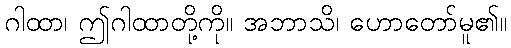
ဂါထာ၊ ဤဂါထာတို့ကို။ အဘာသိ၊ ဟောတော်မူ၏။